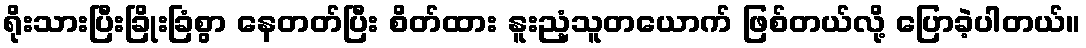
ရိုးသားပြီးခြိုးခြံစွာ နေတတ်ပြီး စိတ်ထား နူးညံ့သူတယောက် ဖြစ်တယ်လို့ ပြောခဲ့ပါတယ်။